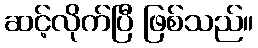
ဆင့်လိုက်ပြီ ဖြစ်သည်။